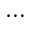
\ldots